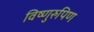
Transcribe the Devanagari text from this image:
विष्णुरुपिण